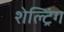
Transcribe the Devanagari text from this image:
शेल्ट्रिंग